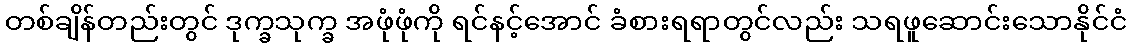
တစ်ချိန်တည်းတွင် ဒုက္ခသုက္ခ အဖုံဖုံကို ရင်နင့်အောင် ခံစားရရာတွင်လည်း သရဖူဆောင်းသောနိုင်ငံ